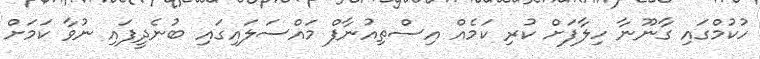
ހުކުމްގައި ގާނޫނާ ހިލާފަށް ކުރި ކަމެއް އިސްތިއުނާފް މައްސަލައިގައި ބުނެދީފައި ނުވާ ކަމަށް